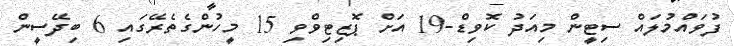
ފުވައްމުލައް ސިޓީން މިއަދު ކޮވިޑް-19 އަށް ޕޮޒިޓިވްވި 15 މީހުންގެތެރޭގައި 6 ބިދޭސީން